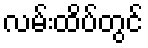
လမ်းထိပ်တွင်